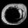
Digit: ၀